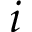
i